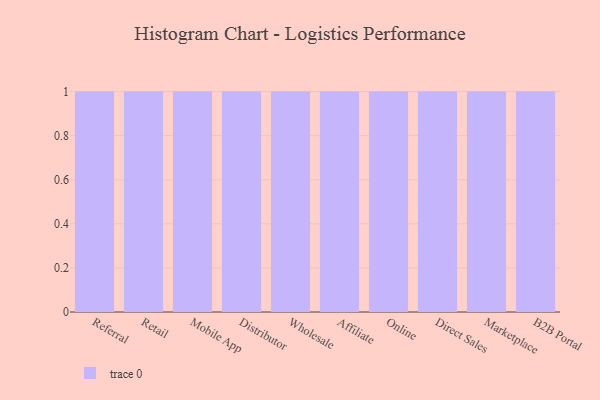
{"axis": {"x": "Channel", "y": "Latency (ms)"}, "legend": [""], "data": [{"x": "Referral", "y": 26, "type": ""}, {"x": "Retail", "y": 61, "type": ""}, {"x": "Mobile App", "y": 78, "type": ""}, {"x": "Distributor", "y": 44, "type": ""}, {"x": "Wholesale", "y": 20, "type": ""}, {"x": "Affiliate", "y": 8, "type": ""}, {"x": "Online", "y": 66, "type": ""}, {"x": "Direct Sales", "y": 94, "type": ""}, {"x": "Marketplace", "y": 73, "type": ""}, {"x": "B2B Portal", "y": 3, "type": ""}]}